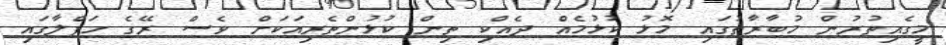
މީގެއިތުރުން މުބާރާތުގައި މޮޅު ކުޅުމެއް ދެއްކި ތިން ކުޅުންތެރިއަކަށް ވެސް ރޭގެ ހަފްލާގައި